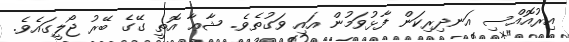
އިރުއޮއްސި އަނދިރިކަން ފާޅުވަމުން އައި ވަގުތެވެ. ޝާޢާ އޮތީ ގޭގެ ބޭރު ޖޯލީގައެވެ.